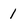
Character: I